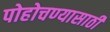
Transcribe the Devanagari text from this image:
पोहोचण्‍यासाठी